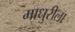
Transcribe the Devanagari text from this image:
माधुरीला